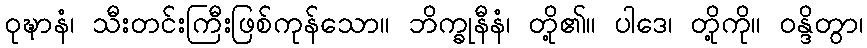
ဝုဍ္ဎာနံ၊ သီးတင်းကြီးဖြစ်ကုန်သော။ ဘိက္ခုနီနံ၊ တို့၏။ ပါဒေ၊ တို့ကို။ ဝန္ဒိတွာ၊